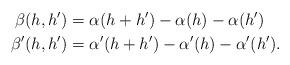
LaTeX: \begin{align*}\beta(h,h')&=\alpha(h+h')-\alpha(h)-\alpha(h')\\\beta'(h,h')&=\alpha'(h+h')-\alpha'(h)-\alpha'(h').\end{align*}